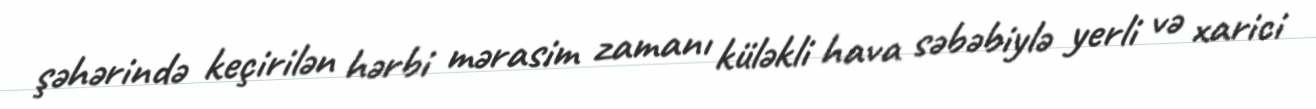
şəhərində keçirilən hərbi mərasim zamanı küləkli hava səbəbiylə yerli və xarici